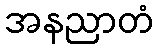
အနညာတံ